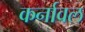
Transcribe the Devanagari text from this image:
कर्नावल